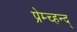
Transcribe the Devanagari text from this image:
प्रेम्च्हन्द्